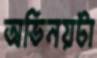
অভিনয়টা